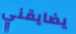
يضايقني